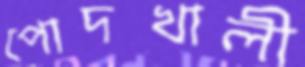
পোদখালী